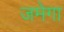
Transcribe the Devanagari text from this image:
जमेगा